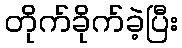
တိုက်ခိုက်ခဲ့ပြီး